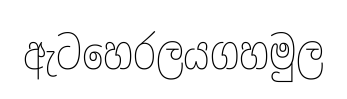
ඇටහෙරලයගහමුල